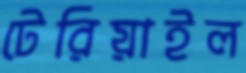
টেরিয়াইল